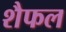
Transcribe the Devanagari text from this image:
शैफल